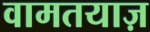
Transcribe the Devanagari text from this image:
वामतयाज़